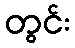
တွင်း